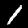
Digit: 1